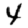
Digit: 4